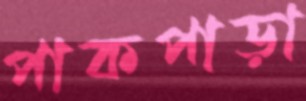
পাকপাড়া